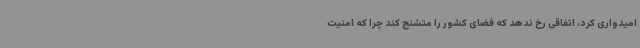
امیدواری کرد، اتفاقی رخ ندهد که فضای کشور را متشنج کند چرا که امنیت